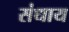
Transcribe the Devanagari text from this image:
संधाय